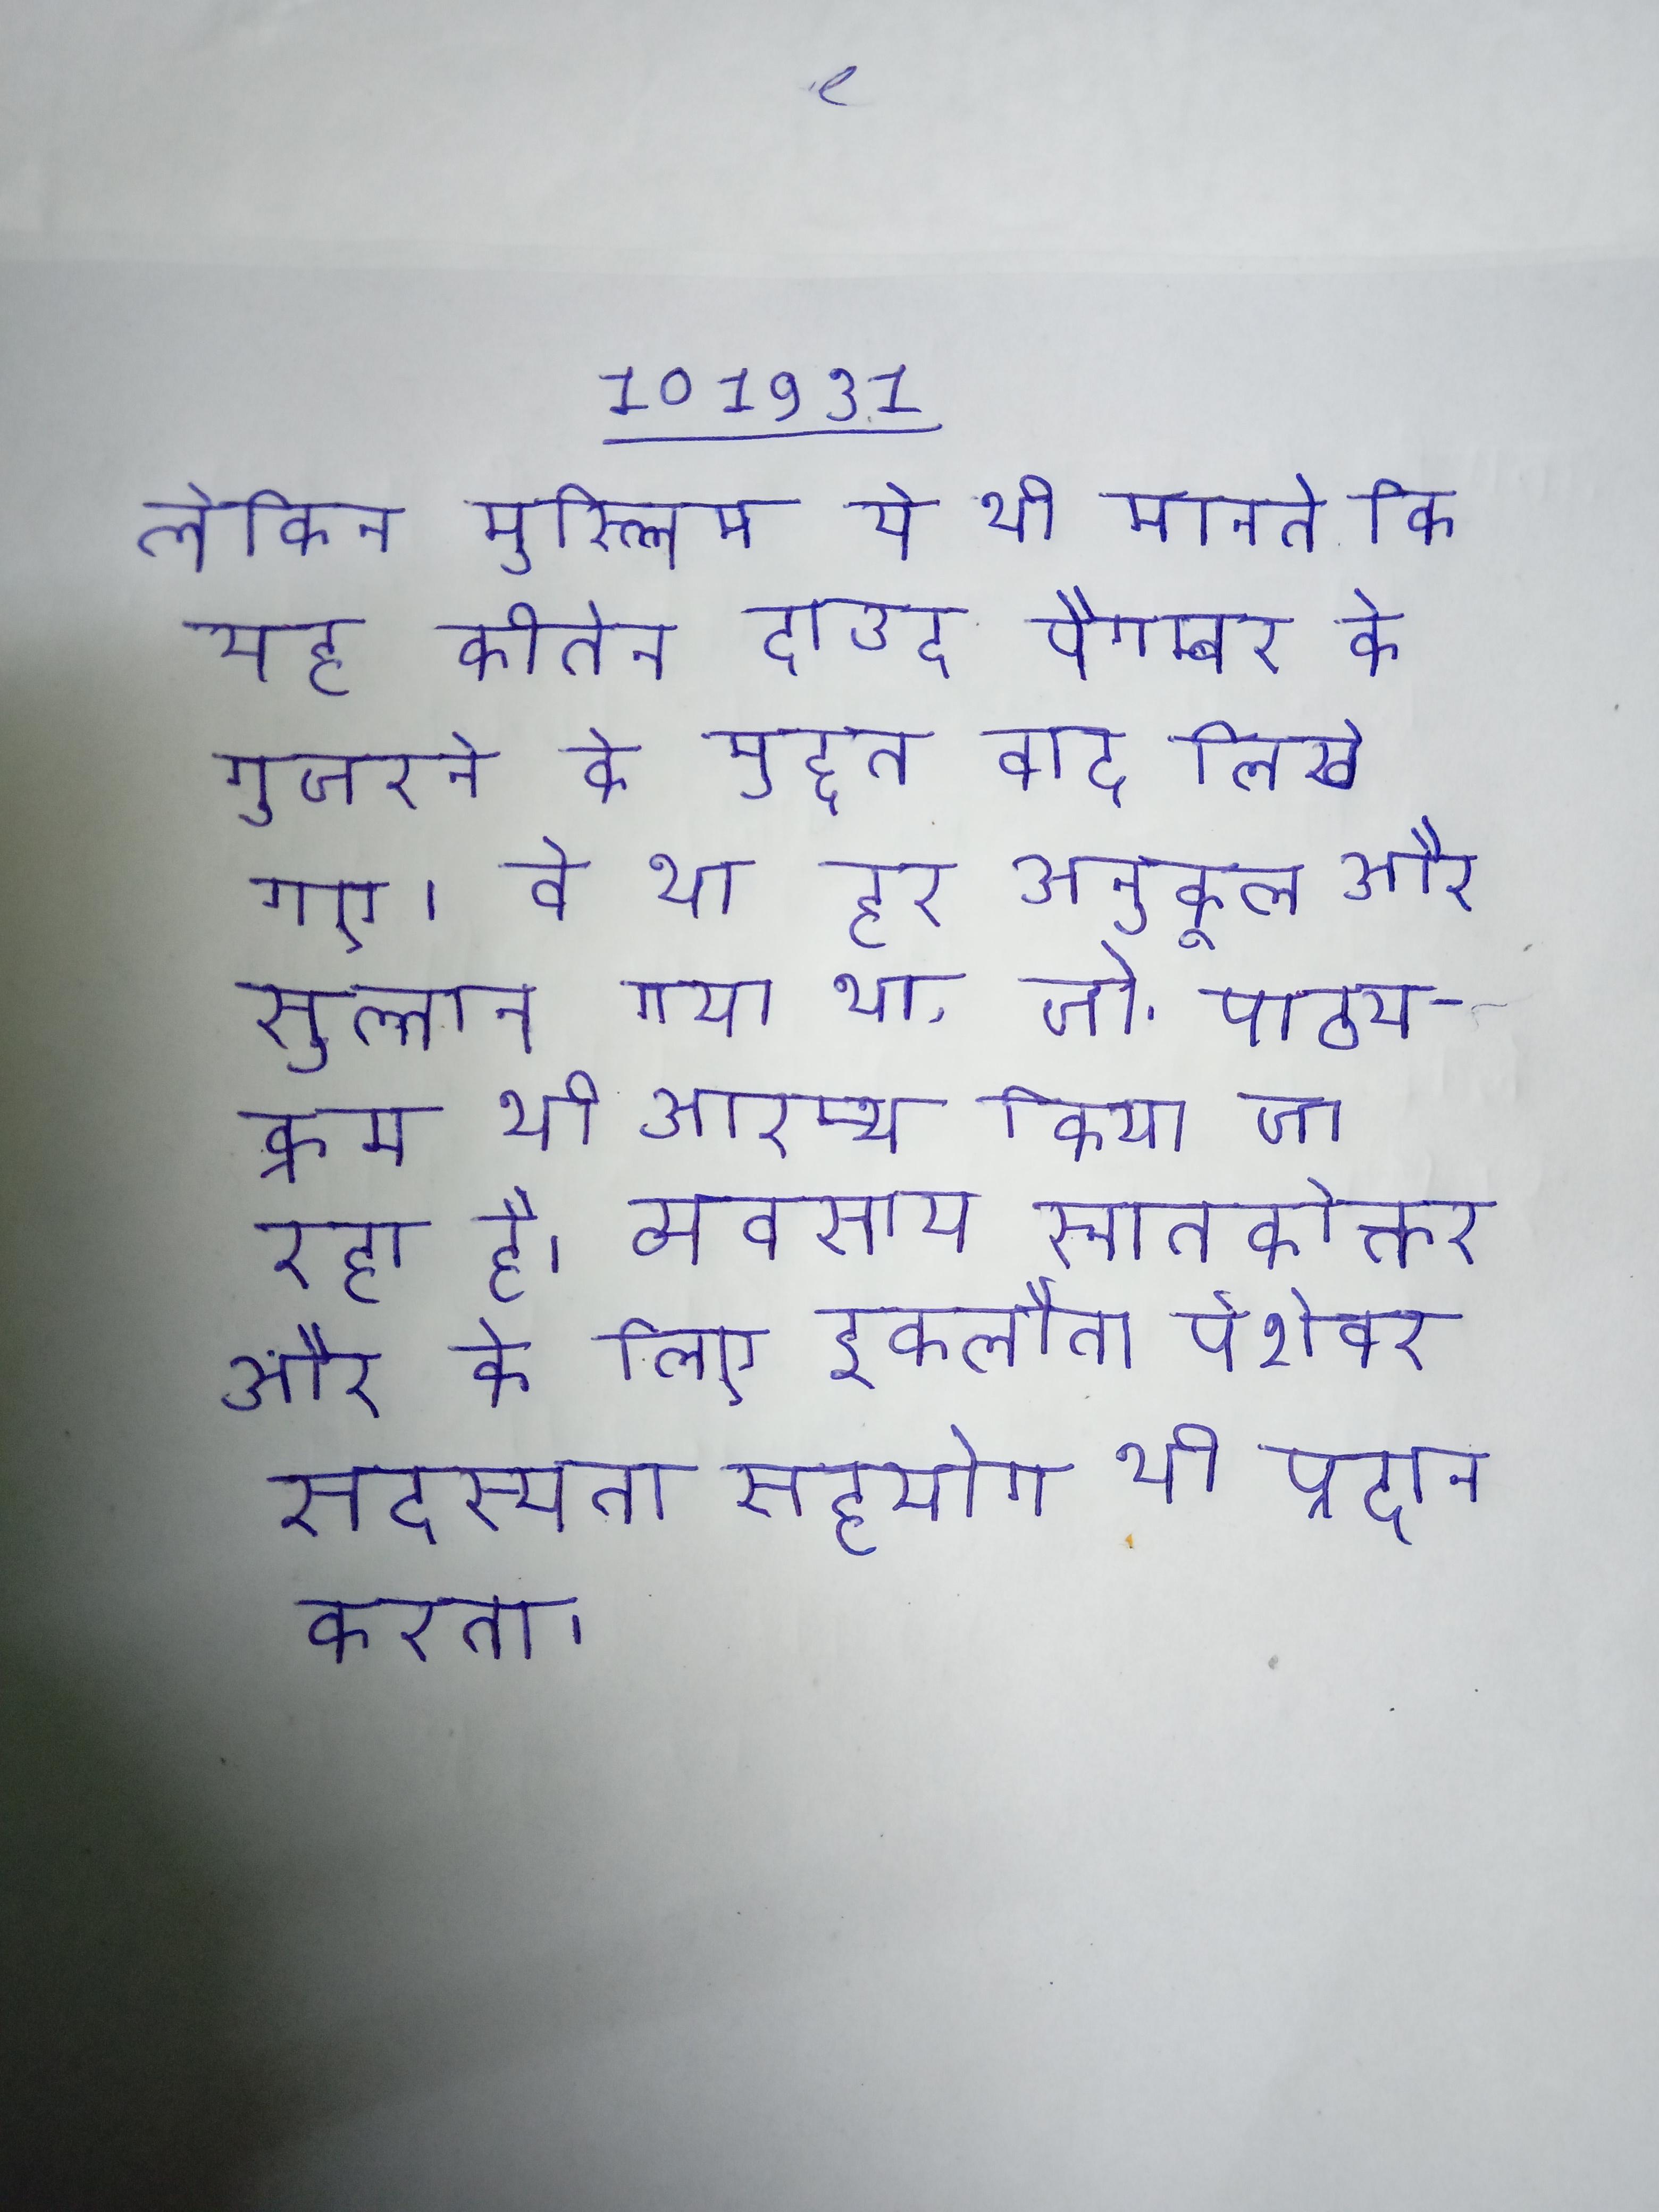
लेकिन मुस्लिम ये भी मानते कि यह कीर्तन दाउद पैगम्बर के गुजरने के मुद्दत बाद लिखे गए । वे था हर अनुकूल और सुल्तान गया था, जो . पाठ्यक्रम भी आरम्भ किया जा रहा है । व्यवसाय स्नातकोत्तर और के लिए इकलौता पेशेवर सदस्यता सहयोग भी प्रदान करता ।